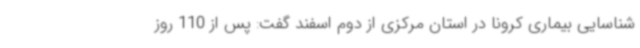
شناسایی بیماری کرونا در استان مرکزی از دوم اسفند گفت: پس از 110 روز